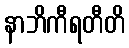
နာဘိကီရတီတိ